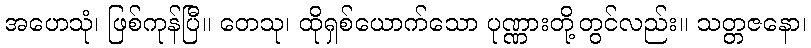
အဟေသုံ၊ ဖြစ်ကုန်ပြီ။ တေသု၊ ထိုရှစ်ယောက်သော ပုဏ္ဏားတို့တွင်လည်း။ သတ္တဇနော၊